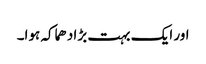
اور ایک بہت بڑا دھماکہ ہوا۔